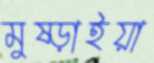
মুষ্‌ড়াইয়া